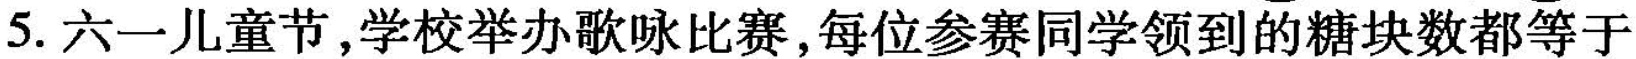
5.六一儿童节，学校举办歌咏比赛，每位参赛同学领到的糖块数都等于